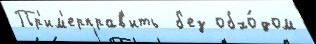
Пр'им'ерправ'ить  б'ез обхо́дом